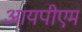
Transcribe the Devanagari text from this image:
आयपीएम